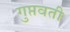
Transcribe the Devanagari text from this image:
गुप्तवती